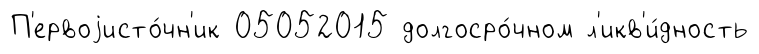
П'ервоjисто́чн'ик 05052015 долгосро́чном л'икв'и́дность